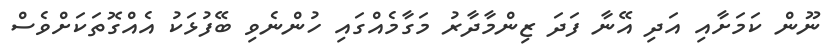
ނޫން ކަމަށާއި އަދި އޭނާ ފަދަ ޒިންމާދާރު މަގާމެއްގައި ހުންނެވި ބޭފުޅަކު އެއްގޮތަކަށްވެސް